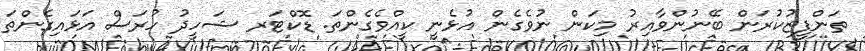
ތަންފީޒުކުރަން ބޭނުންވާއިރު މިކަން ނުވެގެން އުޅެނީ ކީއްވެގެންތަ. ޑޮކްޓަރ ޝަހީދު ހުރަސް އަޅައިގެންތަ